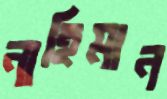
নাহিমান